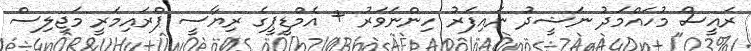
ރައީސް މުހައްމަދު ނަޝީދު ނައިފަރު ހިންނަވަރު + އެމްޑީޕީގެ ރިޔާސީ ޕްރައިމަރީ މަޖިލިސް